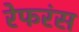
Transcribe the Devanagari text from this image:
रेफरंस